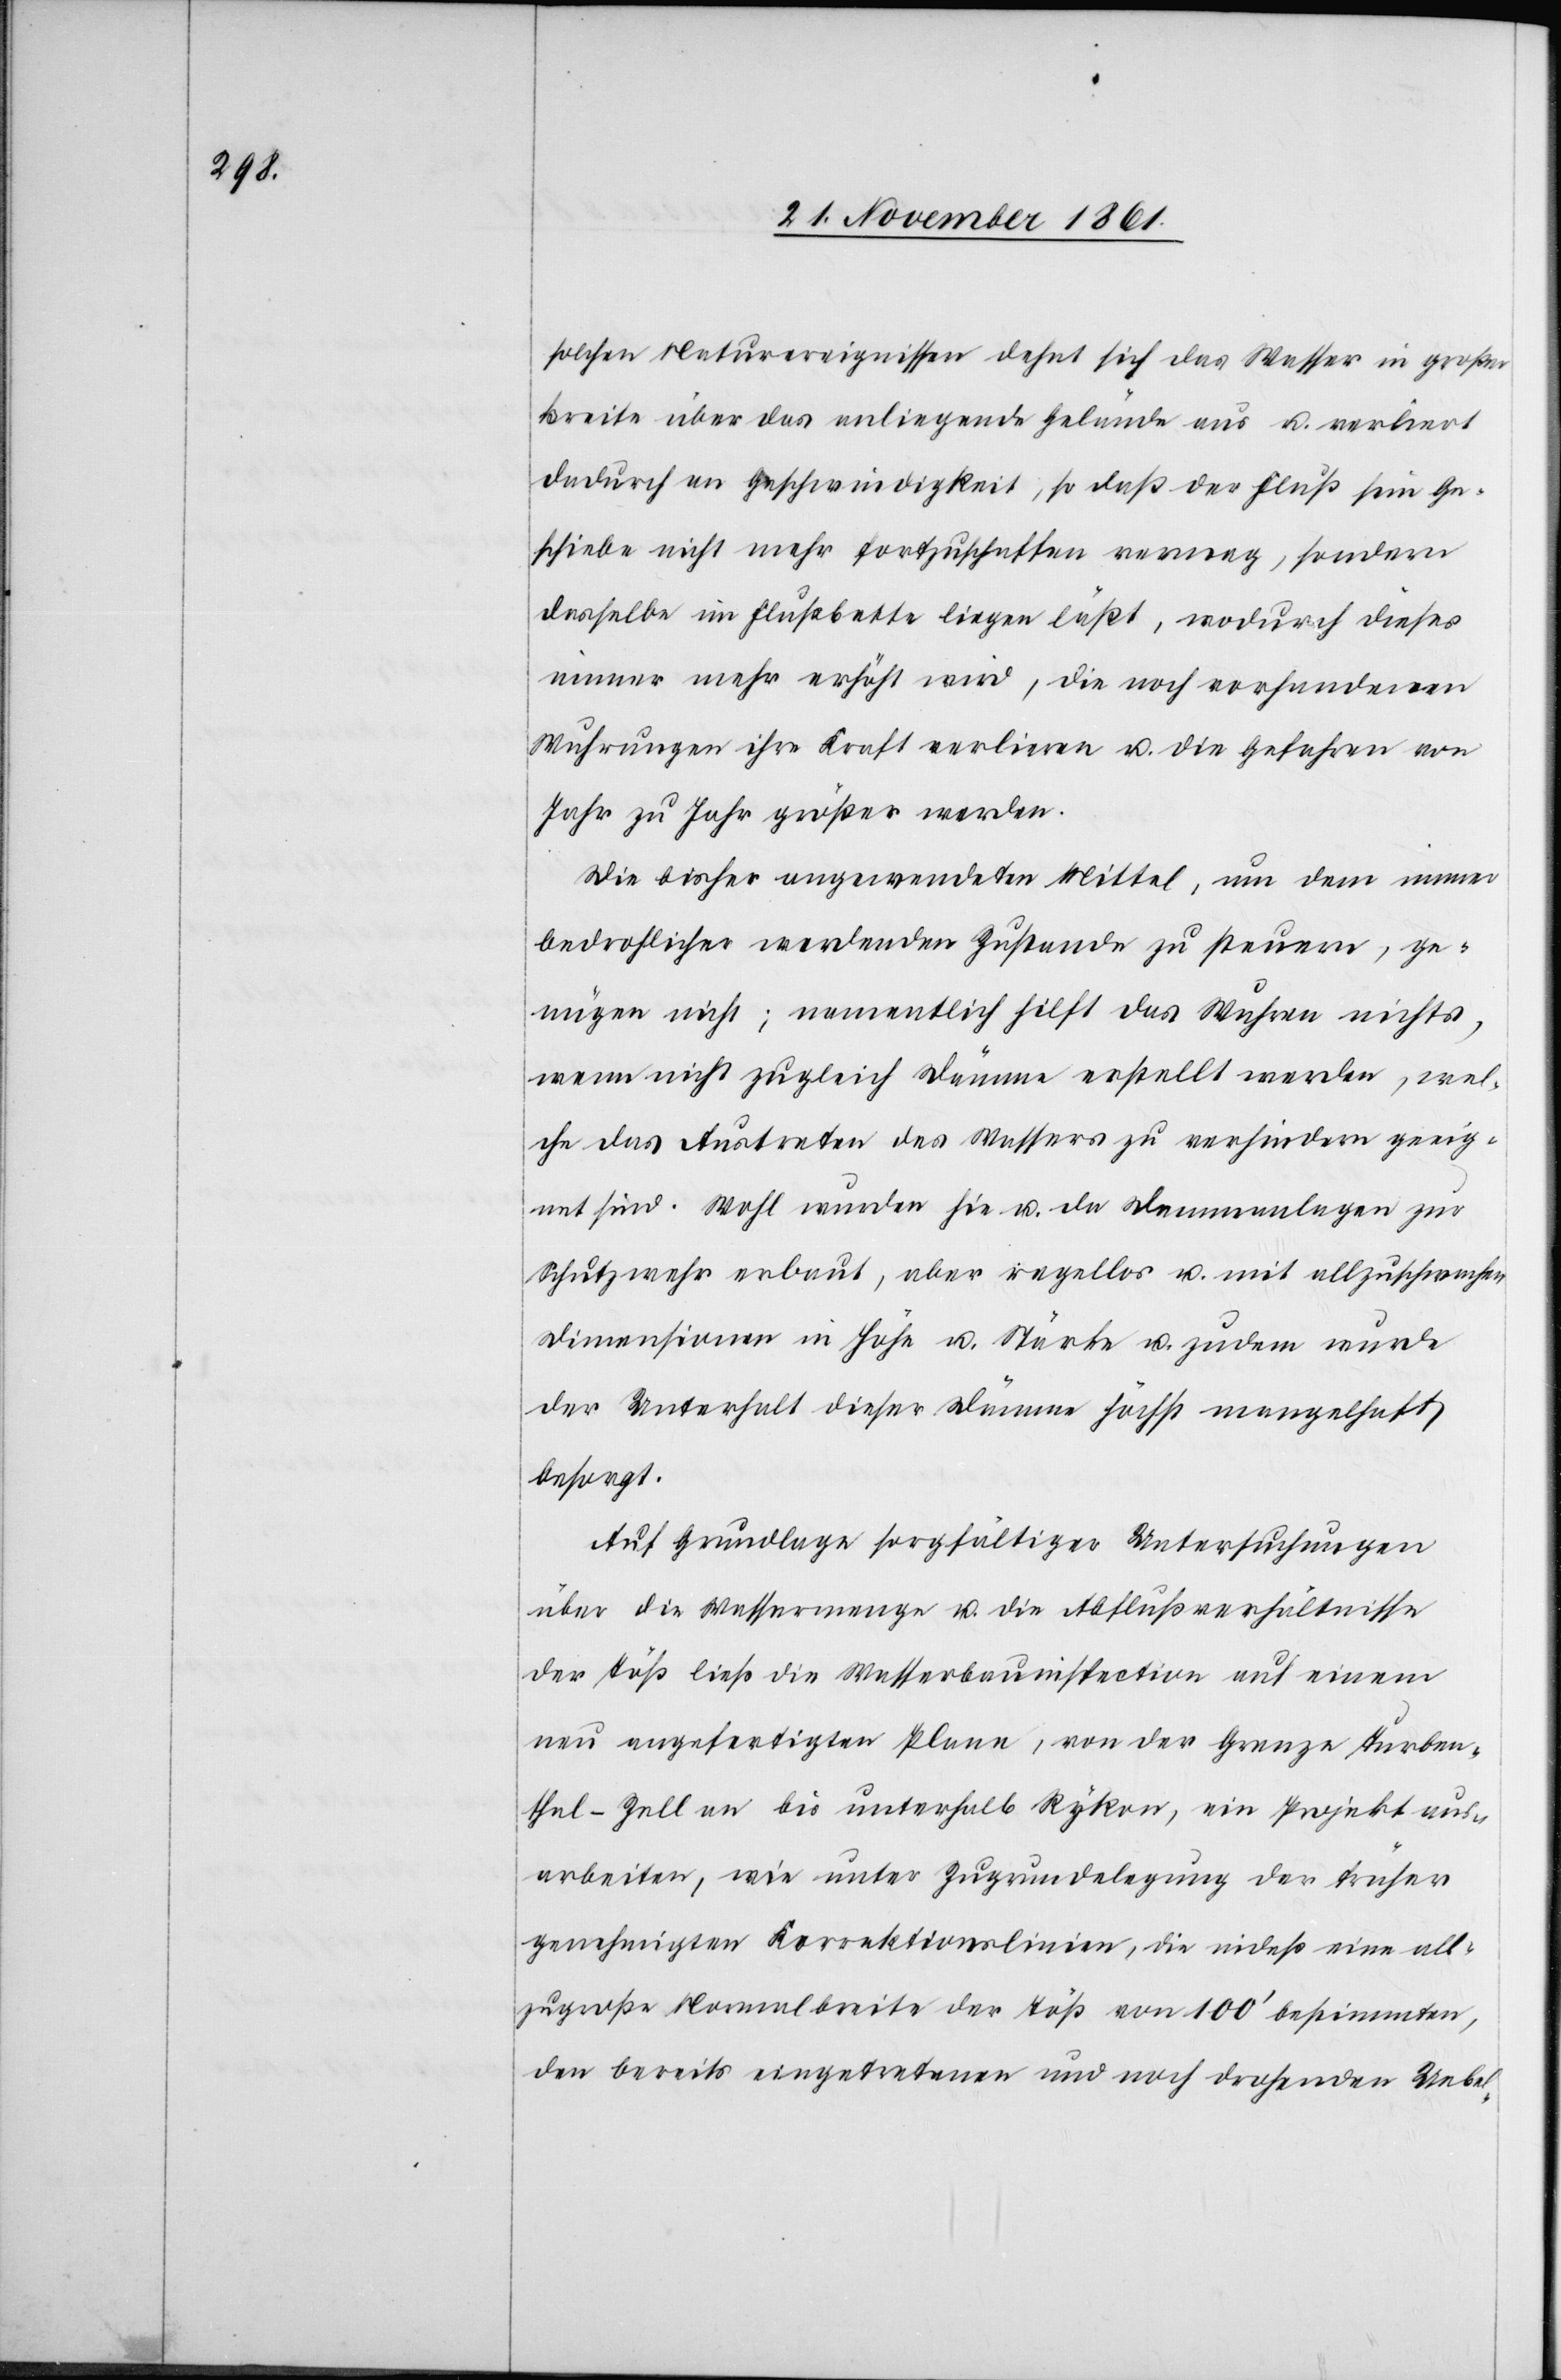
solchen Naturereignissen dehnt sich das Wasser in großer
Breite über das anliegende Gelände aus u. verliert
dadurch an Geschwindigkeit, so daß der Fluß sein Ge¬
schiebe nicht mehr fortzuschaffen vermag, sondern
dasselbe im Flußbette liegen läßt, wodurch dieses
immer mehr erhöht wird, die noch vorhandenen
Wuhrungen ihre Kraft verlieren u. die Gefahren von
Jahr zu Jahr größer werden.
Die bisher anzuwendenden Mittel, um dem immer
bedrohlicher werdenden Zustande zu steuern, ge¬
nügen nicht; namentlich hilft das Wuhren nichts,
wenn nicht zugleich Dämme erstellt werden, wel¬
che das Austreten des Wassers zu verhindern geeig¬
net sind. Wohl wurden hie u. da Dammanlagen zur
Schutzwehr erbaut, aber regellos u. mit allzuschwachen
Dimensionen in Höhe u. Stärke u. zudem wurde
der Unterhalt dieser Dämme höchst mangelhaft
besorgt.
Auf Grundlage sorgfältiger Untersuchungen
über die Wassermenge u. die Abflußverhältnisse
der Töß ließ die Wasserbauinspektion auf einem
neu angefertigten Plane, von der Grenze Turben¬
thal-Zell an bis unterhalb Rykon, ein Projekt aus¬
arbeiten, wie unter Zugrundelegung der früher
genehmigten Korrektionslinien, die indeß eine all¬
zugroße Normalbreite der Töß von 100’ bestimmten,
den bereits eingetretenen und noch drohenden Uebel-